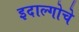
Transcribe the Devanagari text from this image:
इदाल्गोचे